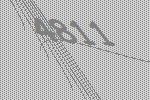
4811